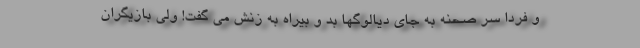
و فردا سر صحنه به جاى ديالوگها بد و بيراه به زنش مى گفت! ولى بازيگران